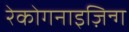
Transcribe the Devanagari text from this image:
रेकोगनाइज़िन्ग